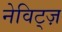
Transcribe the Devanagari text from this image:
नेविट्ज़